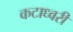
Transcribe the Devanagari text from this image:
कटाध्वरी